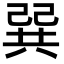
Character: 𢁉